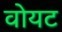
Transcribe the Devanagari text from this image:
वोयट